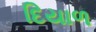
દિયાળ